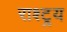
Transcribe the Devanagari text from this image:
राश्ट्र्य